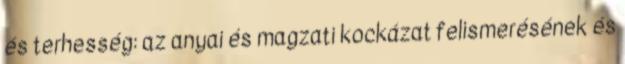
és terhesség: az anyai és magzati kockázat felismerésének és